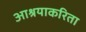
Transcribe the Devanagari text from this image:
आश्रयाकरिता